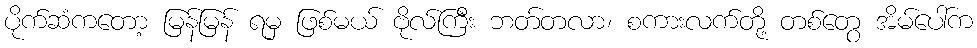
ပိုက်ဆံကတော့ မြန်မြန် ရမှ ဖြစ်မယ် ဗိုလ်ကြီး ဘတ်တလာ၊ စကားလက်တို့ တစ်တွေ အိမ်ပေါ်က